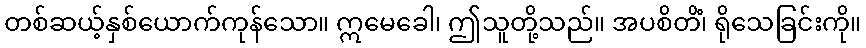
တစ်ဆယ့်နှစ်ယောက်ကုန်သော။ ဣမေခေါ၊ ဤသူတို့သည်။ အပစိတိံ၊ ရိုသေခြင်းကို။